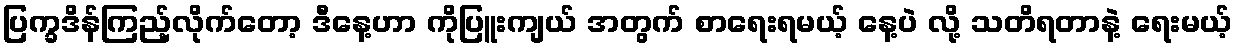
ပြက္ခဒိန်ကြည့်လိုက်တော့ ဒီနေ့ဟာ ကိုပြူးကျယ် အတွက် စာရေးရမယ့် နေ့ပဲ လို့ သတိရတာနဲ့ ရေးမယ့်